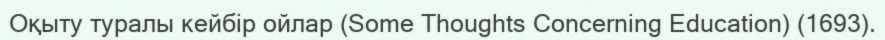
Оқыту туралы кейбір ойлар (Some Thoughts Concerning Education) (1693).